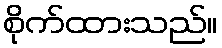
စိုက်ထားသည်။